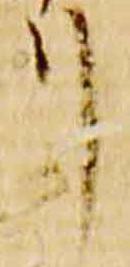
リ